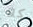
كلا